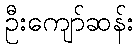
ဦးကျော်ဆန်း